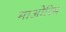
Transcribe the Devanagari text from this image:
माओरिस